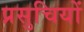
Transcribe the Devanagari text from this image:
प्रसुचियों